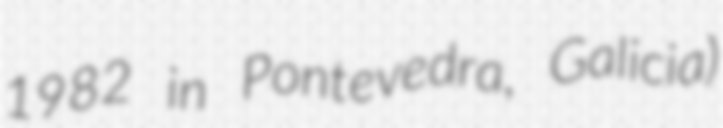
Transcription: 1982 in Pontevedra, Galicia)